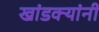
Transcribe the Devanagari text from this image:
खांडक्यांनी